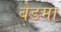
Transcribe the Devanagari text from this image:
बेडमा